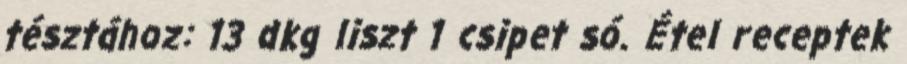
tésztához: 13 dkg liszt 1 csipet só. Étel receptek